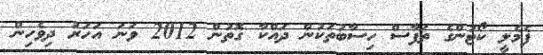
ފެމެލީ ކޯޓުންގެ ތަފާސް ހިސާބުތަކުން ދައްކާ ގޮތުން 2012 ވަނަ އަަހަރު ދިވެހިން